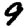
Digit: 9